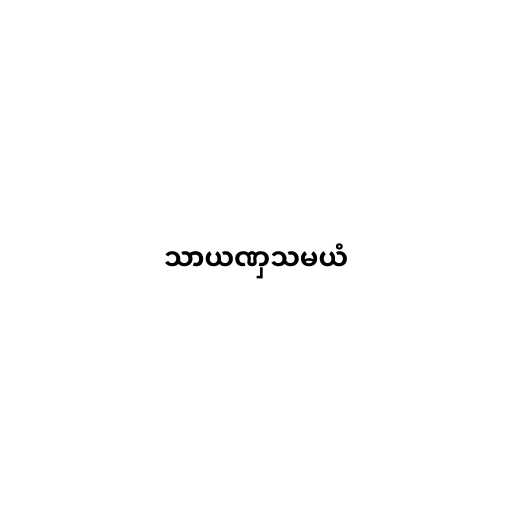
သာယဏှသမယံ